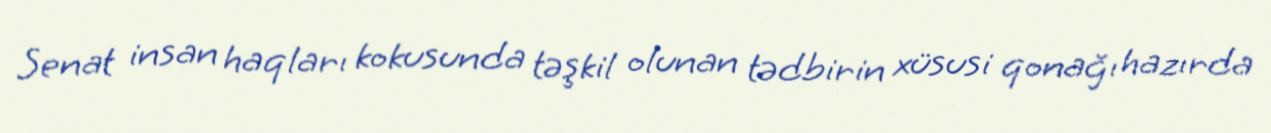
Senat insan haqları kokusunda təşkil olunan tədbirin xüsusi qonağı hazırda